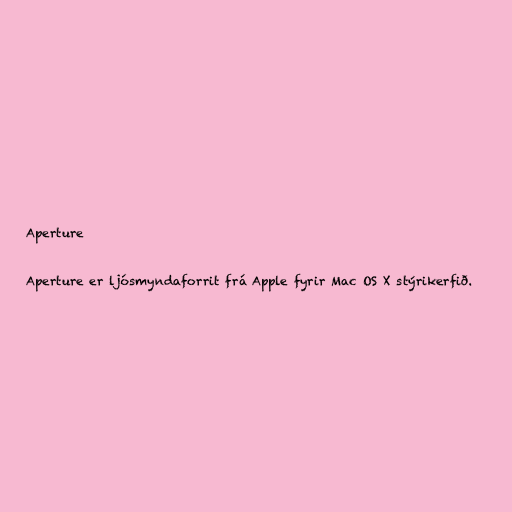
Aperture

Aperture er ljósmyndaforrit frá Apple fyrir Mac OS X stýrikerfið.